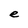
Character: e